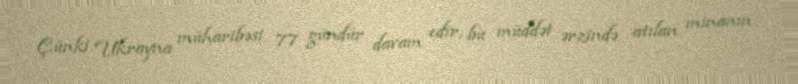
Çünki Ukrayna müharibəsi 77 gündür davam edir, bu müddət ərzində atılan minanın